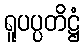
ရူပပ္ပတိဋ္ဌံ